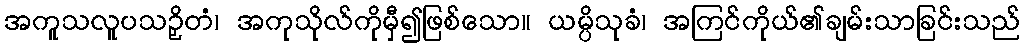
အကူသလူပသဉှိတံ၊ အကုသိုလ်ကိုမှီ၍ဖြစ်သော။ ယမ္ပိသုခံ၊ အကြင်ကိုယ်၏ချမ်းသာခြင်းသည်